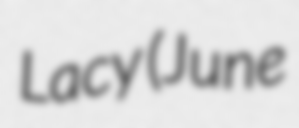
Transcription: Lacy (June